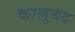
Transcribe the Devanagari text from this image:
कालूचंद्र